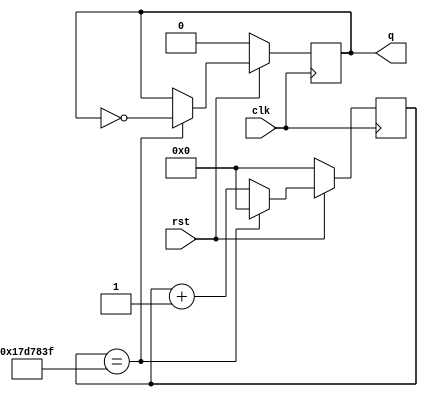




module freq_clk_div_ckt(
      output reg q,
      input clk,rst
      );
      
      reg [25:0]count;
      always@(posedge clk)
      begin
           if(!rst) begin 
           count<=0;
           q<=0;
           end
           else if(count==24999999)
           begin
           count<=0;
           q<=~q;
           end
           else
           count<=count+1;
      end
       
           
endmodule